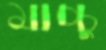
মাচ্চু